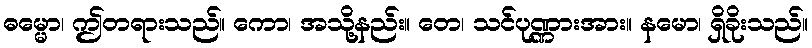
ဓမ္မော၊ ဤတရားသည်။ ကော၊ အသို့နည်း။ တေ၊ သင်ပုဏ္ဏားအား။ နမော၊ ရှိခိုးသည်။